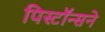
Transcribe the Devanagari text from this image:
पिस्टॉन्सने